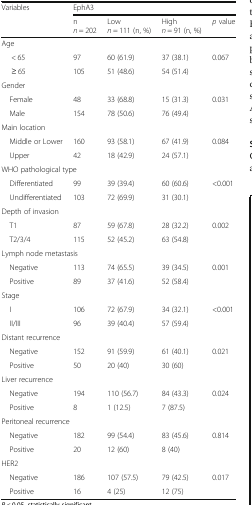
<table><thead><tr><td><b>Variables</b></td><td colspan="4"><b>EphA3</b></td></tr><tr><td></td><td><b>n<i>n</i> = 202</b></td><td><b>Low<i>n</i> = 111 (n, %)</b></td><td><b>High<i>n</i> = 91 (n, %)</b></td><td><b><i>p</i> value</b></td></tr></thead><tbody><tr><td colspan="5">Age</td></tr><tr><td>&lt; 65</td><td>97</td><td>60 (61.9)</td><td>37 (38.1)</td><td>0.067</td></tr><tr><td>≥ 65</td><td>105</td><td>51 (48.6)</td><td>54 (51.4)</td><td></td></tr><tr><td colspan="5">Gender</td></tr><tr><td> Female</td><td>48</td><td>33 (68.8)</td><td>15 (31.3)</td><td>0.031</td></tr><tr><td> Male</td><td>154</td><td>78 (50.6)</td><td>76 (49.4)</td><td></td></tr><tr><td colspan="5">Main location</td></tr><tr><td> Middle or Lower</td><td>160</td><td>93 (58.1)</td><td>67 (41.9)</td><td>0.084</td></tr><tr><td> Upper</td><td>42</td><td>18 (42.9)</td><td>24 (57.1)</td><td></td></tr><tr><td colspan="5">WHO pathological type</td></tr><tr><td> Differentiated</td><td>99</td><td>39 (39.4)</td><td>60 (60.6)</td><td>&lt;0.001</td></tr><tr><td> Undifferentiated</td><td>103</td><td>72 (69.9)</td><td>31 (30.1)</td><td></td></tr><tr><td colspan="5">Depth of invasion</td></tr><tr><td> T1</td><td>87</td><td>59 (67.8)</td><td>28 (32.2)</td><td>0.002</td></tr><tr><td> T2/3/4</td><td>115</td><td>52 (45.2)</td><td>63 (54.8)</td><td></td></tr><tr><td colspan="5">Lymph node metastasis</td></tr><tr><td> Negative</td><td>113</td><td>74 (65.5)</td><td>39 (34.5)</td><td>0.001</td></tr><tr><td> Positive</td><td>89</td><td>37 (41.6)</td><td>52 (58.4)</td><td></td></tr><tr><td colspan="5">Stage</td></tr><tr><td> I</td><td>106</td><td>72 (67.9)</td><td>34 (32.1)</td><td>&lt;0.001</td></tr><tr><td> II/III</td><td>96</td><td>39 (40.4)</td><td>57 (59.4)</td><td></td></tr><tr><td colspan="5">Distant recurrence</td></tr><tr><td> Negative</td><td>152</td><td>91 (59.9)</td><td>61 (40.1)</td><td>0.021</td></tr><tr><td> Positive</td><td>50</td><td>20 (40)</td><td>30 (60)</td><td></td></tr><tr><td colspan="5">Liver recurrence</td></tr><tr><td> Negative</td><td>194</td><td>110 (56.7)</td><td>84 (43.3)</td><td>0.024</td></tr><tr><td> Positive</td><td>8</td><td>1 (12.5)</td><td>7 (87.5)</td><td></td></tr><tr><td colspan="5">Peritoneal recurrence</td></tr><tr><td> Negative</td><td>182</td><td>99 (54.4)</td><td>83 (45.6)</td><td>0.814</td></tr><tr><td> Positive</td><td>20</td><td>12 (60)</td><td>8 (40)</td><td></td></tr><tr><td colspan="5">HER2</td></tr><tr><td> Negative</td><td>186</td><td>107 (57.5)</td><td>79 (42.5)</td><td>0.017</td></tr><tr><td> Positive</td><td>16</td><td>4 (25)</td><td>12 (75)</td><td></td></tr></tbody></table>